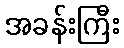
အခန်းကြီး